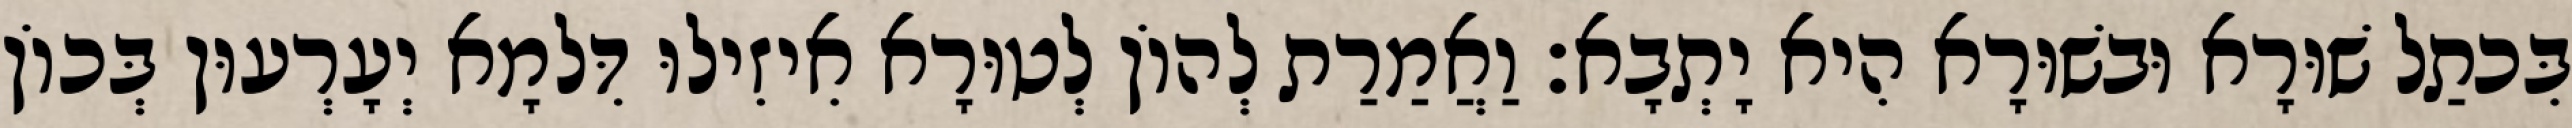
בִּכתַל שׁוּרָא וּבשׁוּרָא הִיא יָתְבָא׃ וַאֲמַרַת לְהוֹן לְטוּרָא אִיזִילוּ דִּלמָא יְעָרְעוּן בְּכוֹן